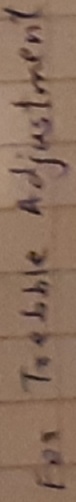
Text: For trbblr adjustment